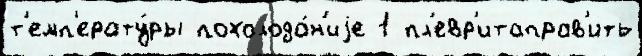
т'емп'ерату́ры похолода́н'иjе 1 пл'евр'итаправ'ить